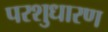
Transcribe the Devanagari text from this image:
परशुधारण